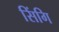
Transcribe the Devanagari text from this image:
सिंगि